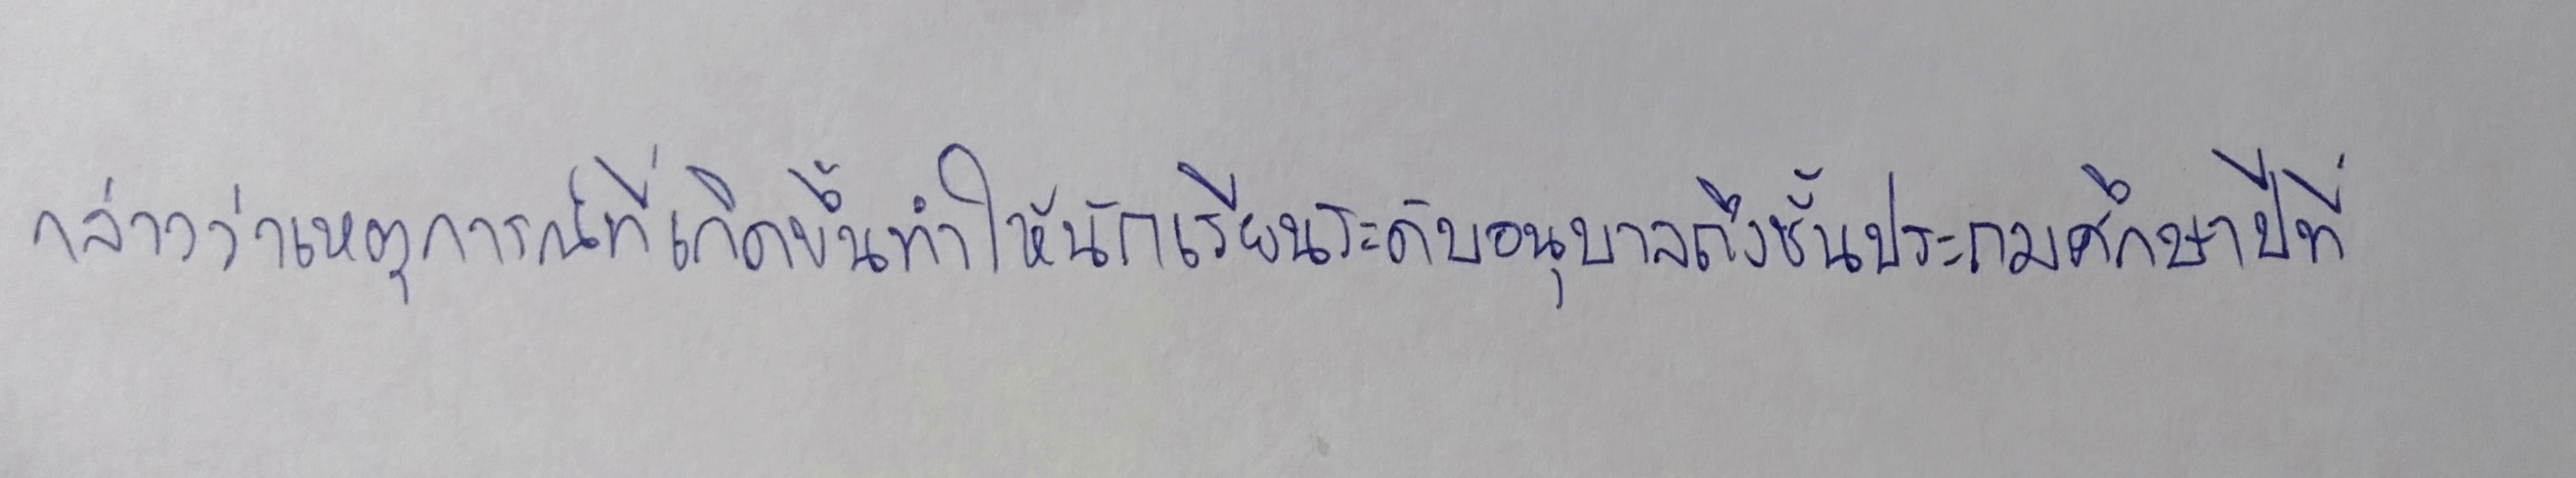
กล่าวว่าเหตุการณ์ที่เกิดขึ้นทำให้นักเรียนระดับอนุบาลถึงชั้นประถมศึกษาปีที่